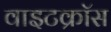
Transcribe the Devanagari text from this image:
वाइटक्रॉस